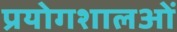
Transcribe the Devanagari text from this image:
प्रयोगशालओं